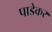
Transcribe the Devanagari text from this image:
पाडेकर